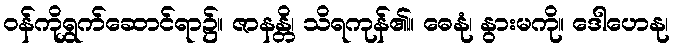
ဝန်ကိုရွှက်ဆောင်ရာ၌။ ဇာနန္တိ၊ သိရကုန်၏။ ဓေနုံ၊ နွားမကို။ ဒေါဟေနု၊